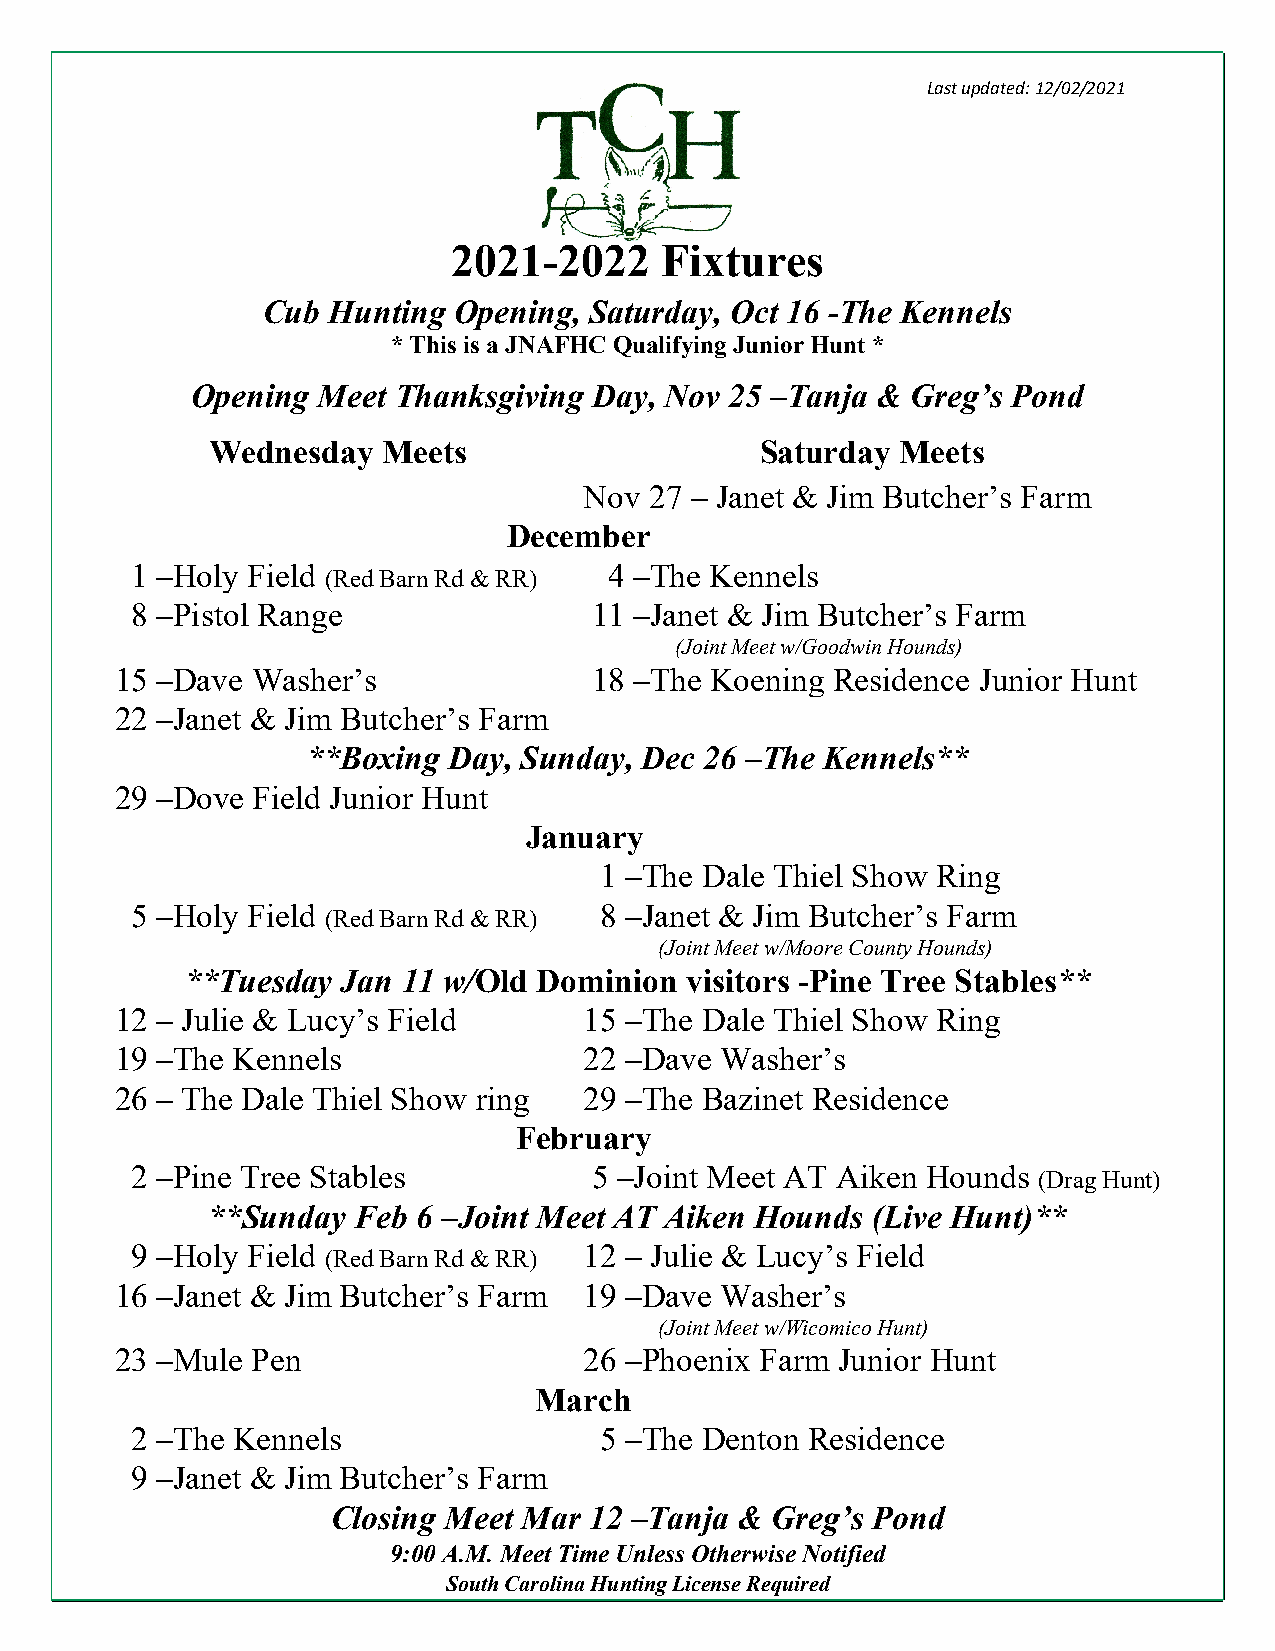
Last updated: 12/02/2021
 T
 2021-2022     Fixtu  res
 Cub  Hunting Opening, Saturday, Oct 16 -The Kennels
 * This is a JNAFHC Qualifying Junior Hunt *
 Opening Meet Thanksgiving Day, Nov 25 –Tanja & Greg’s Pond
 Wednesday  Meets                    Saturday  Meets
 Nov 27 – Janet & Jim Butcher’s Farm
 December
 1 –Holy Field                  4 –The Kennels
 (Red Barn Rd & RR)
 8 –Pistol Range               11 –Janet & Jim Butcher’s Farm
 (Joint Meet w/Goodwin Hounds)
 15 –Dave Washer’s              18 –The Koening Residence Junior Hunt
 22 –Janet & Jim Butcher’s Farm
 **Boxing  Day, Sunday, Dec 26 –The Kennels**
 29 –Dove Field Junior Hunt
 January
 1 –The Dale Thiel Show Ring
 5 –Holy Field                  8 –Janet & Jim Butcher’s Farm
 (Red Barn Rd & RR)
 (Joint Meet w/Moore County Hounds)
 **Tuesday  Jan 11 w/Old Dominion visitors -Pine Tree Stables**
 12 – Julie & Lucy’s Field      15 –The Dale Thiel Show Ring
 19 –The Kennels                22 –Dave Washer’s
 26 – The Dale Thiel Show ring  29 –The Bazinet Residence
 February
 2 –Pine Tree Stables          5 –Joint Meet AT Aiken Hounds
 (Drag Hunt)
 **Sunday Feb  6 –Joint Meet AT Aiken Hounds (Live Hunt)**
 9 –Holy Field                 12 – Julie & Lucy’s Field
 (Red Barn Rd & RR)
 16 –Janet & Jim Butcher’s Farm 19 –Dave Washer’s
 (Joint Meet w/Wicomico Hunt)
 23 –Mule Pen                   26 –Phoenix Farm Junior Hunt
 March
 2 –The Kennels                 5 –The Denton Residence
 9 –Janet & Jim Butcher’s Farm
 Closing Meet Mar 12 –Tanja & Greg’s Pond
 9:00 A.M. Meet Time Unless Otherwise Notified
 South Carolina Hunting License Required